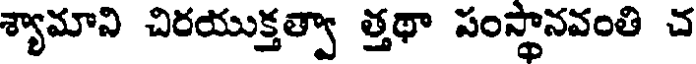
శ్యామాని చిరయుక్తత్వా త్తథా సంస్థానవంతి చ